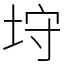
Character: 垨